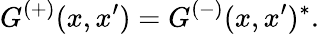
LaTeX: G^{(+)}(x,x^{\prime})=G^{(-)}(x,x^{\prime})^{*}.